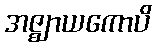
အဇ္ဈာယကောပိ